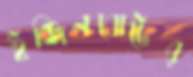
ইঞ্জিনবোটের